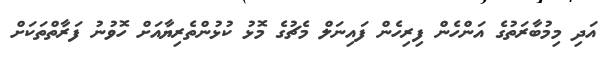
އަދި މިމުބާރަތުގެ އަންހެން ފިރިހެން ފައިނަލް މެޗުގެ މޮޅު ކުޅުންތެރިޔާއަށް ހޮވުނު ފަރާތްތަކަށް